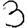
Digit: 3